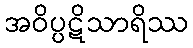
အဝိပ္ပဋိသာရိဿ